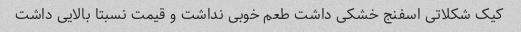
کیک شکلاتی اسفنج خشکی داشت طعم خوبی نداشت و قیمت نسبتا بالایی داشت